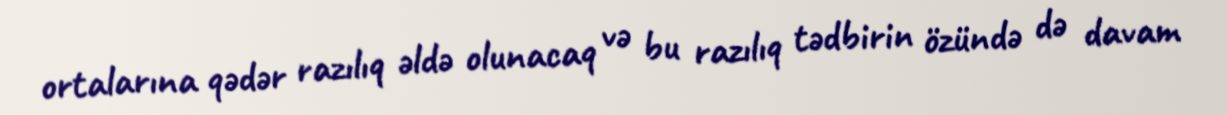
ortalarına qədər razılıq əldə olunacaq və bu razılıq tədbirin özündə də davam